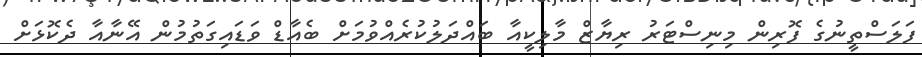
ފަލަސްތީނުގެ ފޮރިން މިނިސްޓަރު ރިޔާޒް މާލިކީއާ ބައްދަލުކުރެއްވުމަށް ބެއާޑް ވަޑައިގަތުމުން އޭނާއާ ދެކޮޅަށް